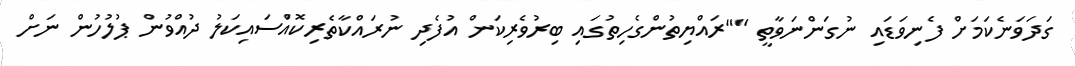
ގަދަވަނެކަމަށް ފެނިވަޑައި ނުގަންނަވާތީ ""ރައްޔިތުންގެހިތުގައި ބިރުވެރިކަން އުފެދި ނުރައްކާތެރިކޮއްަސައިކަލު ދުއްވުން ޕުލުހުން ނަށް